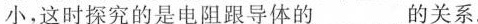
小，这时探究的是电阻跟导体的 ___的关系.